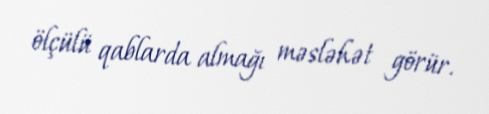
ölçülü qablarda almağı məsləhət görür.